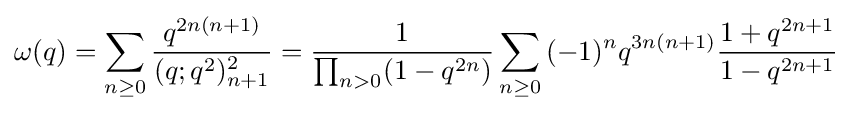
\omega (q)=\sum _{n\geq 0}{\frac {q^{2n(n+1)}}{(q;q^{2})_{n+1}^{2}}}={\frac {1}{\prod _{n>0}(1-q^{2n})}}\sum _{n\geq 0}{(-1)^{n}q^{3n(n+1)}{\frac {1+q^{2n+1}}{1-q^{2n+1}}}}